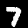
Label: 7